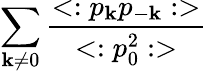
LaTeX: \sum_{\mathbf{k}\neq0}{\frac{{<:p_{\mathbf{k}}p_{-\mathbf{k}}:>}}{{<:p_{0}^{2}:>}}}